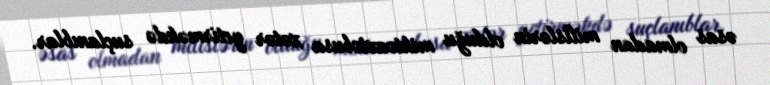
əsas olmadan milislərin olduğu miktoavtobusa xətər yetirməkdə suçlanıblar.